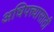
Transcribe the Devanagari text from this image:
अधिपत्त्यासाठी